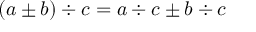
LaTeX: ( a \pm b ) \div c = a \div c \pm b \div c